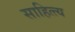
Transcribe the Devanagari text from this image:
साहित्त्य